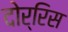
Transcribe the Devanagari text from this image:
दोर्रिस